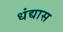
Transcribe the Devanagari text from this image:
धंद्यास